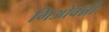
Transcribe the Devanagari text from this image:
गिओवन्नी